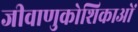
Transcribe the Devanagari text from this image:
जीवाणुकोशिकाओं